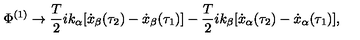
\Phi ^ { ( 1 ) } \rightarrow { \frac { T } { 2 } } i k _ { \alpha } [ \dot { x } _ { \beta } ( \tau _ { 2 } ) - \dot { x } _ { \beta } ( \tau _ { 1 } ) ] - { \frac { T } { 2 } } i k _ { \beta } [ \dot { x } _ { \alpha } ( \tau _ { 2 } ) - \dot { x } _ { \alpha } ( \tau _ { 1 } ) ] ,